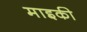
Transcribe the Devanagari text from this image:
माइकी